Leaving Certificate Examination, 1918
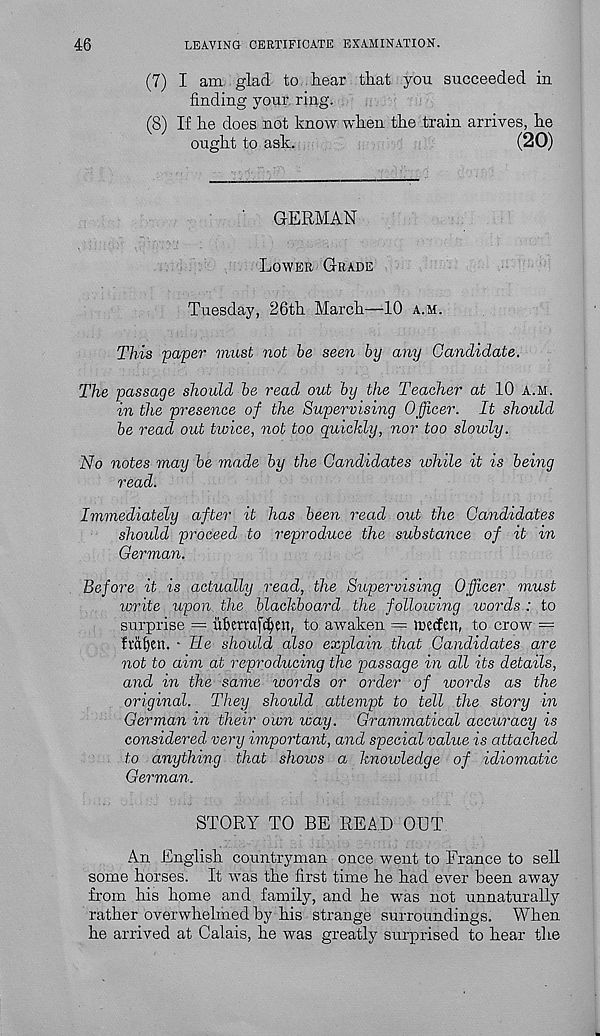
46
LEAVING CERTIFICATE EXAMINATION.
(7) I am glad to hear that you succeeded in
finding your ring.
(8) If he does not know when the train arrives, he
ought to ask.
(20)
GERMAN
Lower Grade
Tuesday, 26th March—10 a.m.
This paper must not be seen by any Candidate.
The passage should be read out by the Teacher at 10 a.m.
in the presence of the Supervising Officer. It should
be read out twice, not too quickly, nor too slowly.
No notes may be made by the Candidates while it is being
read.
Immediately after it has been read out the Candidates
should proceed to reproduce the substance of it in
German.
Before it is actually read, the Supervising Officer must
write upon the blackboard the following words : to
surprise — vif>emfd)en, to awaken = rretfett, to crow =
frdfjen. - He should also explain that Candidates are
not to aim at reproducing the passage in all its details,
and in the same words or order of words as the
original. They should attempt to tell the story in
German in their own way. Grammatical accuracy is
considered very important, and special value is attached
to anything that shows a knowledge of idiomatic
German.
STORY TO BE READ OUT
An English countryman once went to France to sell
some horses. It was the first time he had ever been away
from his home and family, and he was not unnaturally
rather overwhelmed by his strange surroundings. When
he arrived at Calais, he was greatly surprised to hear the